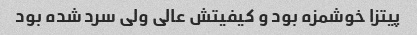
پیتزا خوشمزه بود و کیفیتش عالی ولی سرد شده بود